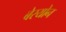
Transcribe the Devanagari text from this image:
बेरयोन